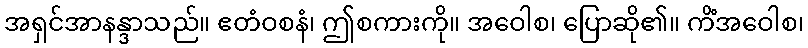
အရှင်အာနန္ဒာသည်။ ဧတံဝစနံ၊ ဤစကားကို။ အဝေါစ၊ ပြောဆို၏။ ကိံအဝေါစ၊